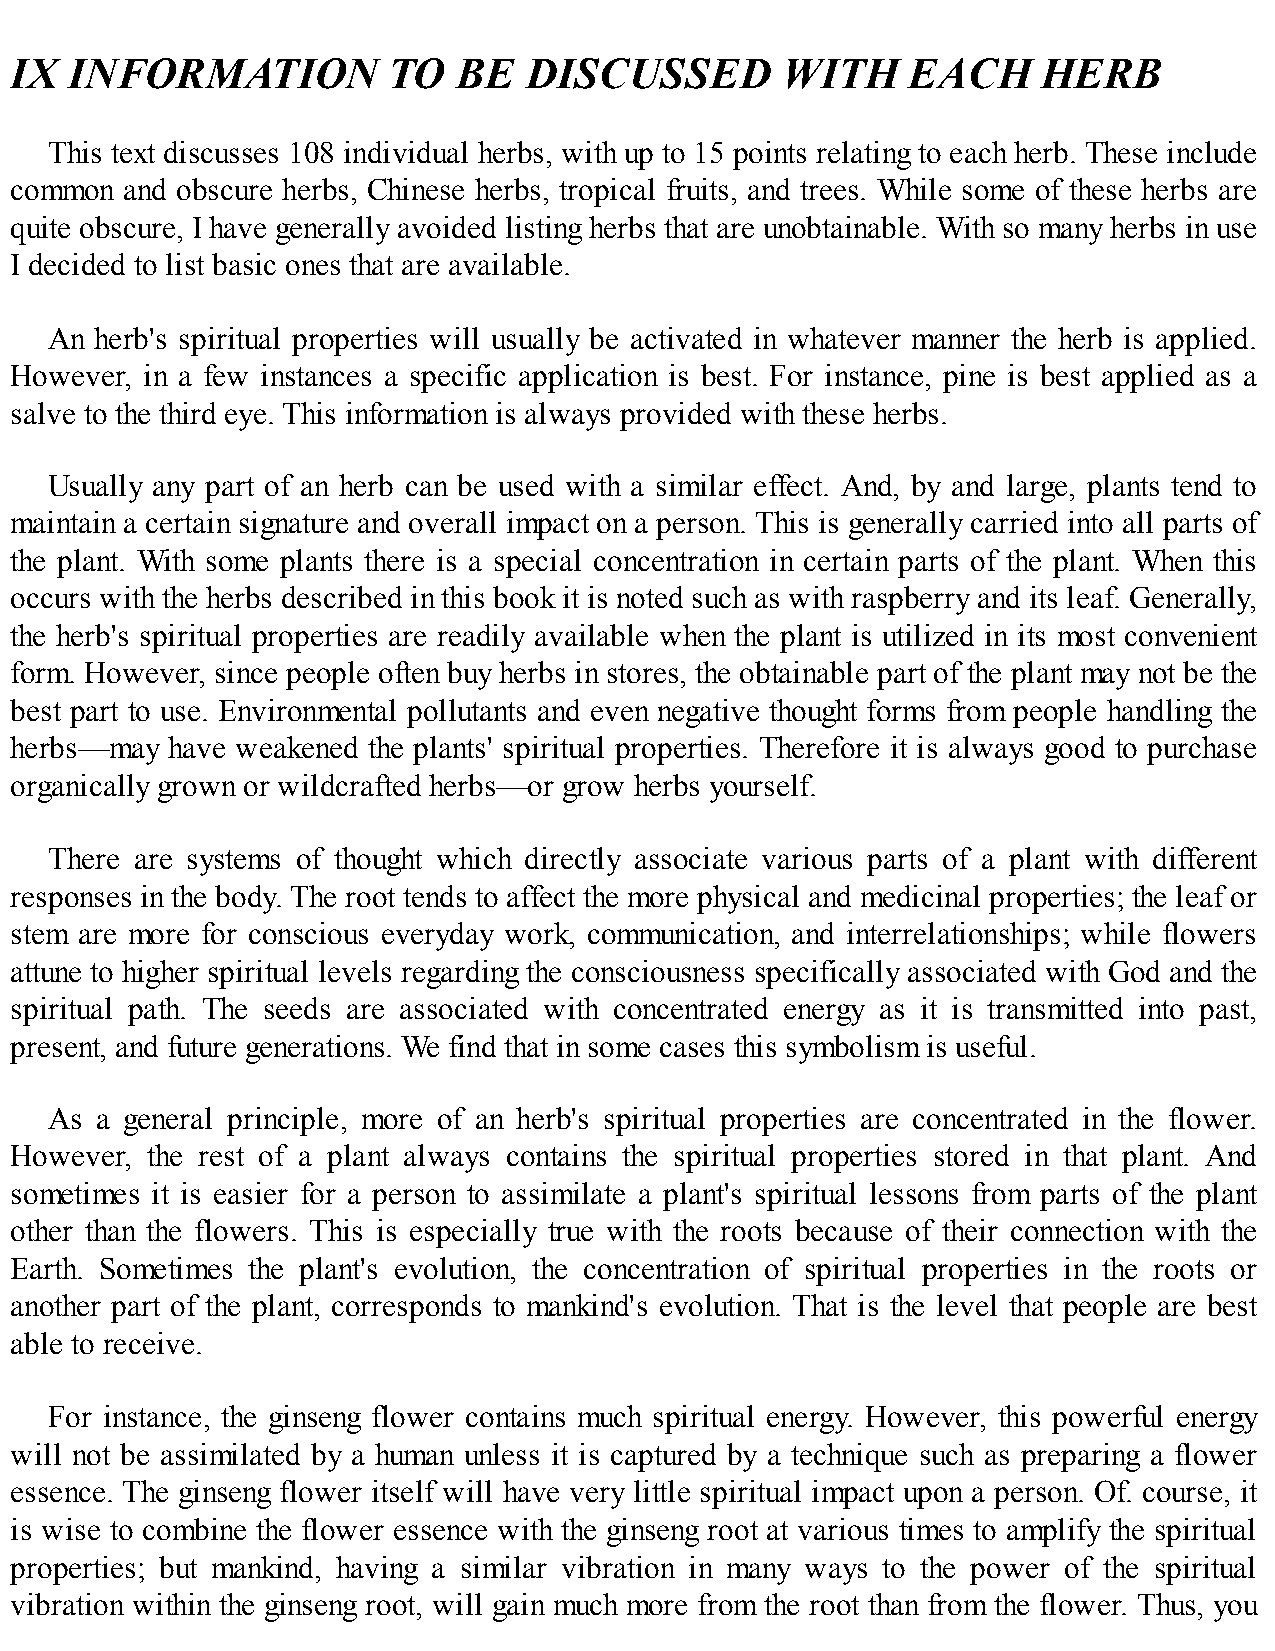
IX  INFORMATION          TO  BE   DISCUSSED        WITH    EACH     HERB
 This text discusses 108 individual herbs, with up to 15 points relating to each herb. These include
 common and obscure herbs, Chinese herbs, tropical fruits, and trees. While some of these herbs are
 quite obscure, I have generally avoided listing herbs that are unobtainable. With so many herbs in use
 I decided to list basic ones that are available.
 An herb's spiritual properties will usually be activated in whatever manner the herb is applied.
 However, in a few instances a specific application is best. For instance, pine is best applied as a
 salve to the third eye. This information is always provided with these herbs.
 Usually any part of an herb can be used with a similar effect. And, by and large, plants tend to
 maintain a certain signature and overall impact on a person. This is generally carried into all parts of
 the plant. With some plants there is a special concentration in certain parts of the plant. When this
 occurs with the herbs described in this book it is noted such as with raspberry and its leaf. Generally,
 the herb's spiritual properties are readily available when the plant is utilized in its most convenient
 form. However, since people often buy herbs in stores, the obtainable part of the plant may not be the
 best part to use. Environmental pollutants and even negative thought forms from people handling the
 herbs—may have weakened the plants' spiritual properties. Therefore it is always good to purchase
 organically grown or wildcrafted herbs—or grow herbs yourself.
 There are systems of thought which directly associate various parts of a plant with different
 responses in the body. The root tends to affect the more physical and medicinal properties; the leaf or
 stem are more for conscious everyday work, communication, and interrelationships; while flowers
 attune to higher spiritual levels regarding the consciousness specifically associated with God and the
 spiritual path. The seeds are associated with concentrated energy as it is transmitted into past,
 present, and future generations. We find that in some cases this symbolism is useful.
 As a general principle, more of an herb's spiritual properties are concentrated in the flower.
 However, the rest of a plant always contains the spiritual properties stored in that plant. And
 sometimes it is easier for a person to assimilate a plant's spiritual lessons from parts of the plant
 other than the flowers. This is especially true with the roots because of their connection with the
 Earth. Sometimes the plant's evolution, the concentration of spiritual properties in the roots or
 another part of the plant, corresponds to mankind's evolution. That is the level that people are best
 able to receive.
 For instance, the ginseng flower contains much spiritual energy. However, this powerful energy
 will not be assimilated by a human unless it is captured by a technique such as preparing a flower
 essence. The ginseng flower itself will have very little spiritual impact upon a person. Of. course, it
 is wise to combine the flower essence with the ginseng root at various times to amplify the spiritual
 properties; but mankind, having a similar vibration in many ways to the power of the spiritual
 vibration within the ginseng root, will gain much more from the root than from the flower. Thus, you